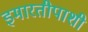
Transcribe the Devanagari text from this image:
इमारतीपाशी